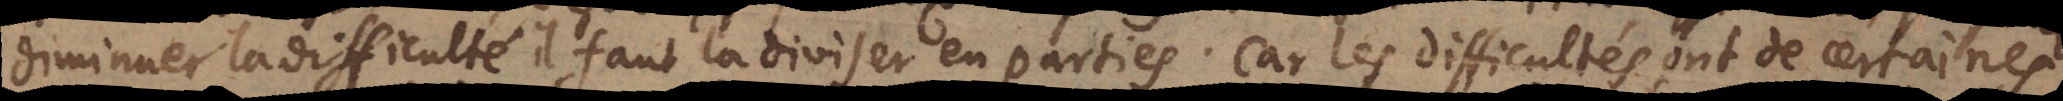
diminuer la difficulte ´ il faut la diviser en parties. Car les difficulte ´s ont de certaines